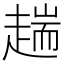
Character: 𧼴